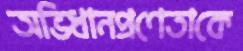
অভিধানপ্রণেতাকে